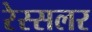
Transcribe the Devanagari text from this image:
रेस्सलर